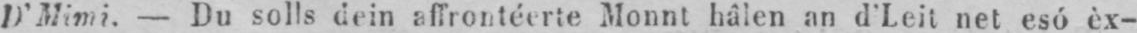
D’Mimi. - Du solls dein affrontéerte Monnt hâlen an d’Leit net esó èx-